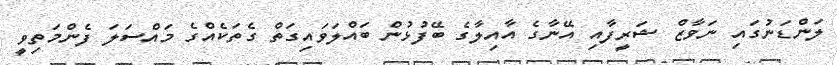
ލަންޑަނުގައި ނަވާޒް ޝަރީފާއި އޭނާގެ އާއިލާގެ ބޭފުޅުން ބައްލަވައިގަތް ގެތަކެއްގެ މައްސަލަ ފެންމަތިވީ